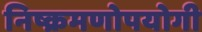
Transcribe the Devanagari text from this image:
निष्क्रमणोपयोगी